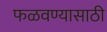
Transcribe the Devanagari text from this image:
फळवण्यासाठी